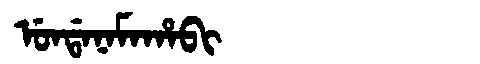
Manchu: ᡠᠨᡩᠠᠨᠠᠮᠠᡥᠠᠪᡳ
Romanization: UNDANAMAHABI